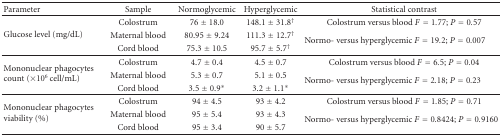
<table><thead><tr><td><b>Parameter</b></td><td><b>Sample</b></td><td><b>Normoglycemic</b></td><td><b>Hyperglycemic</b></td><td><b>Statistical contrast</b></td></tr></thead><tbody><tr><td rowspan="3">Glucose level (mg/dL)</td><td>Colostrum</td><td>76 ± 18.0</td><td>148.1 ± 31.8<sup>†</sup></td><td>Colostrum versus blood <i>F</i> = 1.77; <i>P</i> = 0.57</td></tr><tr><td>Maternal blood</td><td>80.95 ± 9.24</td><td>111.3 ± 12.7<sup>†</sup></td><td rowspan="2">Normo- versus hyperglycemic <i>F</i> = 19.2; <i>P</i> = 0.007</td></tr><tr><td>Cord blood</td><td>75.3 ± 10.5</td><td>95.7 ± 5.7<sup>†</sup></td></tr><tr><td rowspan="3">Mononuclear phagocytes count (×10<sup>6</sup> cell/mL)</td><td>Colostrum</td><td>4.7 ± 0.4</td><td>4.5 ± 0.7</td><td>Colostrum versus blood <i>F</i> = 6.5; <i>P</i> = 0.04</td></tr><tr><td>Maternal blood</td><td>5.3 ± 0.7</td><td>5.1 ± 0.5</td><td rowspan="2">Normo- versus hyperglycemic <i>F</i> = 2.18; <i>P</i> = 0.23</td></tr><tr><td>Cord blood</td><td>3.5 ± 0.9*</td><td>3.2 ± 1.1*</td></tr><tr><td rowspan="3">Mononuclear phagocytes viability (%)</td><td>Colostrum</td><td>94 ± 4.5</td><td>93 ± 4.2</td><td>Colostrum versus blood <i>F</i> = 1.85; <i>P</i> = 0.71</td></tr><tr><td>Maternal blood</td><td>95 ± 5.4</td><td>93 ± 4.3</td><td rowspan="2">Normo- versus hyperglycemic <i>F</i> = 0.8424; <i>P</i> = 0.9160</td></tr><tr><td>Cord blood</td><td>95 ± 3.4</td><td>90 ± 5.7</td></tr></tbody></table>